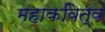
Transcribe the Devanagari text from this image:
महाकवित्व